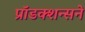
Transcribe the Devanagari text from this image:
प्रॉडक्शन्सने